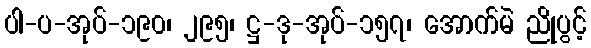
ပါ-ပ-အုပ်-၁၉၀၊ ၂၉၅၊ ဋ္ဌ-ဒု-အုပ်-၁၅၇၊ အောက်မဲ ညိုပွင့်